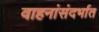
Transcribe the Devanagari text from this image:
वाहनांसंदर्भात